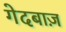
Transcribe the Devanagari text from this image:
गेदबाज़